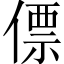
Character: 僄